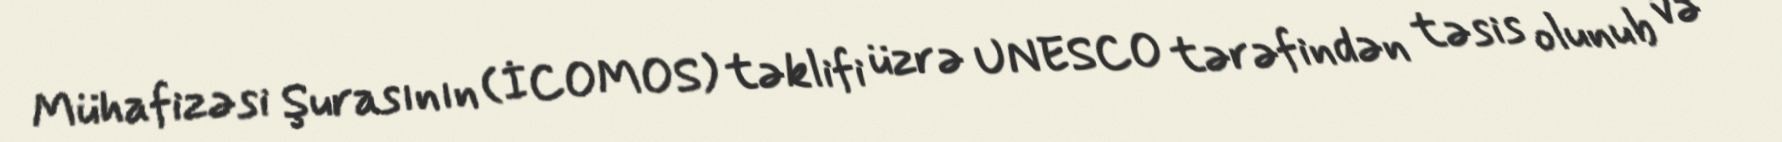
Mühafizəsi Şurasının (İCOMOS) təklifi üzrə UNESCO tərəfindən təsis olunub və